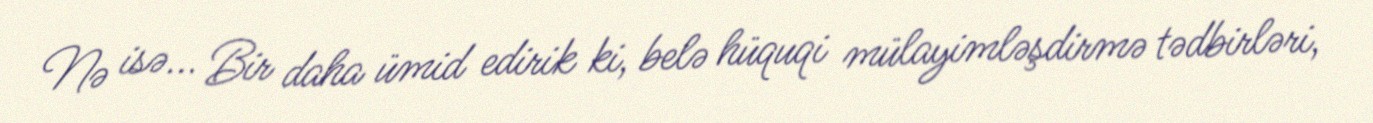
Nə isə... Bir daha ümid edirik ki, belə hüquqi mülayimləşdirmə tədbirləri,